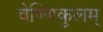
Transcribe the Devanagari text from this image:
वेण्णिकुलम्